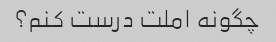
چگونه املت درست کنم؟